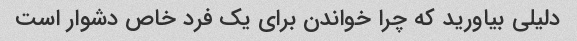
دلیلی بیاورید که چرا خواندن برای یک فرد خاص دشوار است